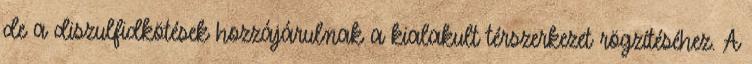
de a diszulfidkötések hozzájárulnak a kialakult térszerkezet rögzítéséhez. A